system: You are a helpful assistant.
user:
Analyze the provided spectrum to determine if it is a **"Cataclysmic Variables (CV)"**.

- **Key Indicators for CV (Check for either state):**
    - **State 1: Quiescent / Low-State (Emission-Dominated)**
        - **(Primary):** Strong and *very broad* Hydrogen Balmer emission lines (e.g., $H\alpha$ at 6563 Å, $H\beta$ at 4861 Å). The 'broadness' (high velocity dispersion, often FWHM > 1000 km/s) is the key diagnostic, indicating a high-velocity accretion disk.
        - **(Secondary):** Broad neutral Helium (He I) emission lines (e.g., 5876 Å, 6678 Å).
        - **(Key Confirmation):** Presence of high-excitation *ionized* Helium (He II) emission at 4686 Å. This is a strong indicator of accretion onto a white dwarf.
        - **(Line Profile):** Emission lines may exhibit a 'double-peaked' profile, which is a classic signature of a rotating accretion disk viewed at high inclination.

    - **State 2: Outburst / High-State (Absorption-Dominated)**
        - **(Primary):** Spectrum is dominated by a bright, blue continuum (looks like a hot star).
        - **(Secondary):** The emission lines from State 1 are weak, absent, or 'filled in', and are replaced by broad, shallow *absorption* lines (primarily Balmer and He I).
        - **(Morphology):** The overall spectrum mimics a hot B/A-type star. The crucial difference is that the absorption lines are significantly broader, shallower, and more 'washed-out' (or 'smeared') than the sharp lines of a normal stellar photosphere, due to high rotational speeds and pressure broadening in the disk.

Think first, call **spectral_visualization_tool** if needed to examine features in detail, then provide your final answer. Your response must adhere to the following strict rules:
1.  **Overall Structure:** Your response must follow the format `<think>...</think> <tool_call>...</tool_call> (if a tool is used) <answer>...</answer>`.
2.  **Tool Usage Constraint:** You may only make **one** tool call per turn.
3.  **Final Answer Format:** In the `<answer>` tag, your conclusion must be inside a `\boxed{}` command (e.g., `\boxed{YES}`), followed by your justification.

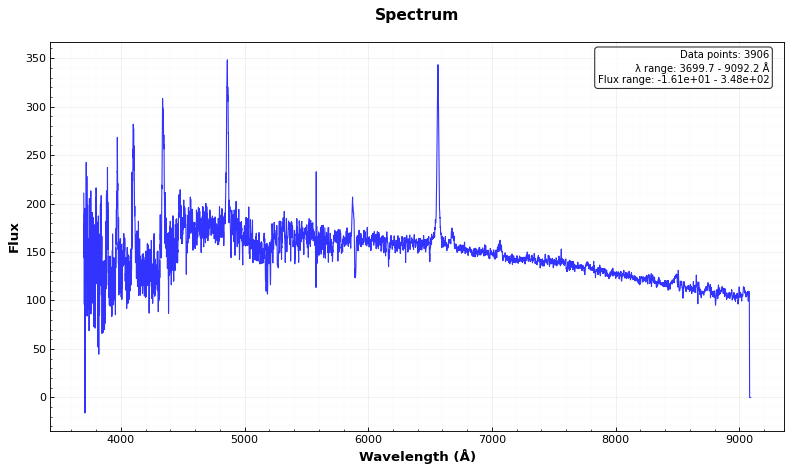
Answer: YES